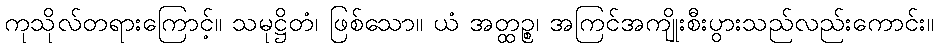
ကုသိုလ်တရားကြောင့်။ သမုဋ္ဌိတံ၊ ဖြစ်သော။ ယံ အတ္ထဉ္စ၊ အကြင်အကျိုးစီးပွားသည်လည်းကောင်း။